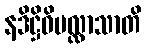
နဒိဋ္ဌိဝိပလ္လာသာတိ